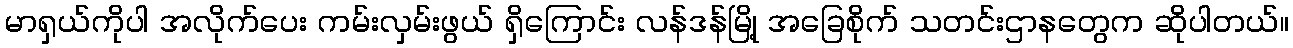
မာရှယ်ကိုပါ အလိုက်ပေး ကမ်းလှမ်းဖွယ် ရှိကြောင်း လန်ဒန်မြို့ အခြေစိုက် သတင်းဌာနတွေက ဆိုပါတယ်။